NASA-UAP-D7, Skylab Techincal Crew Debriefing 1973
Page 10
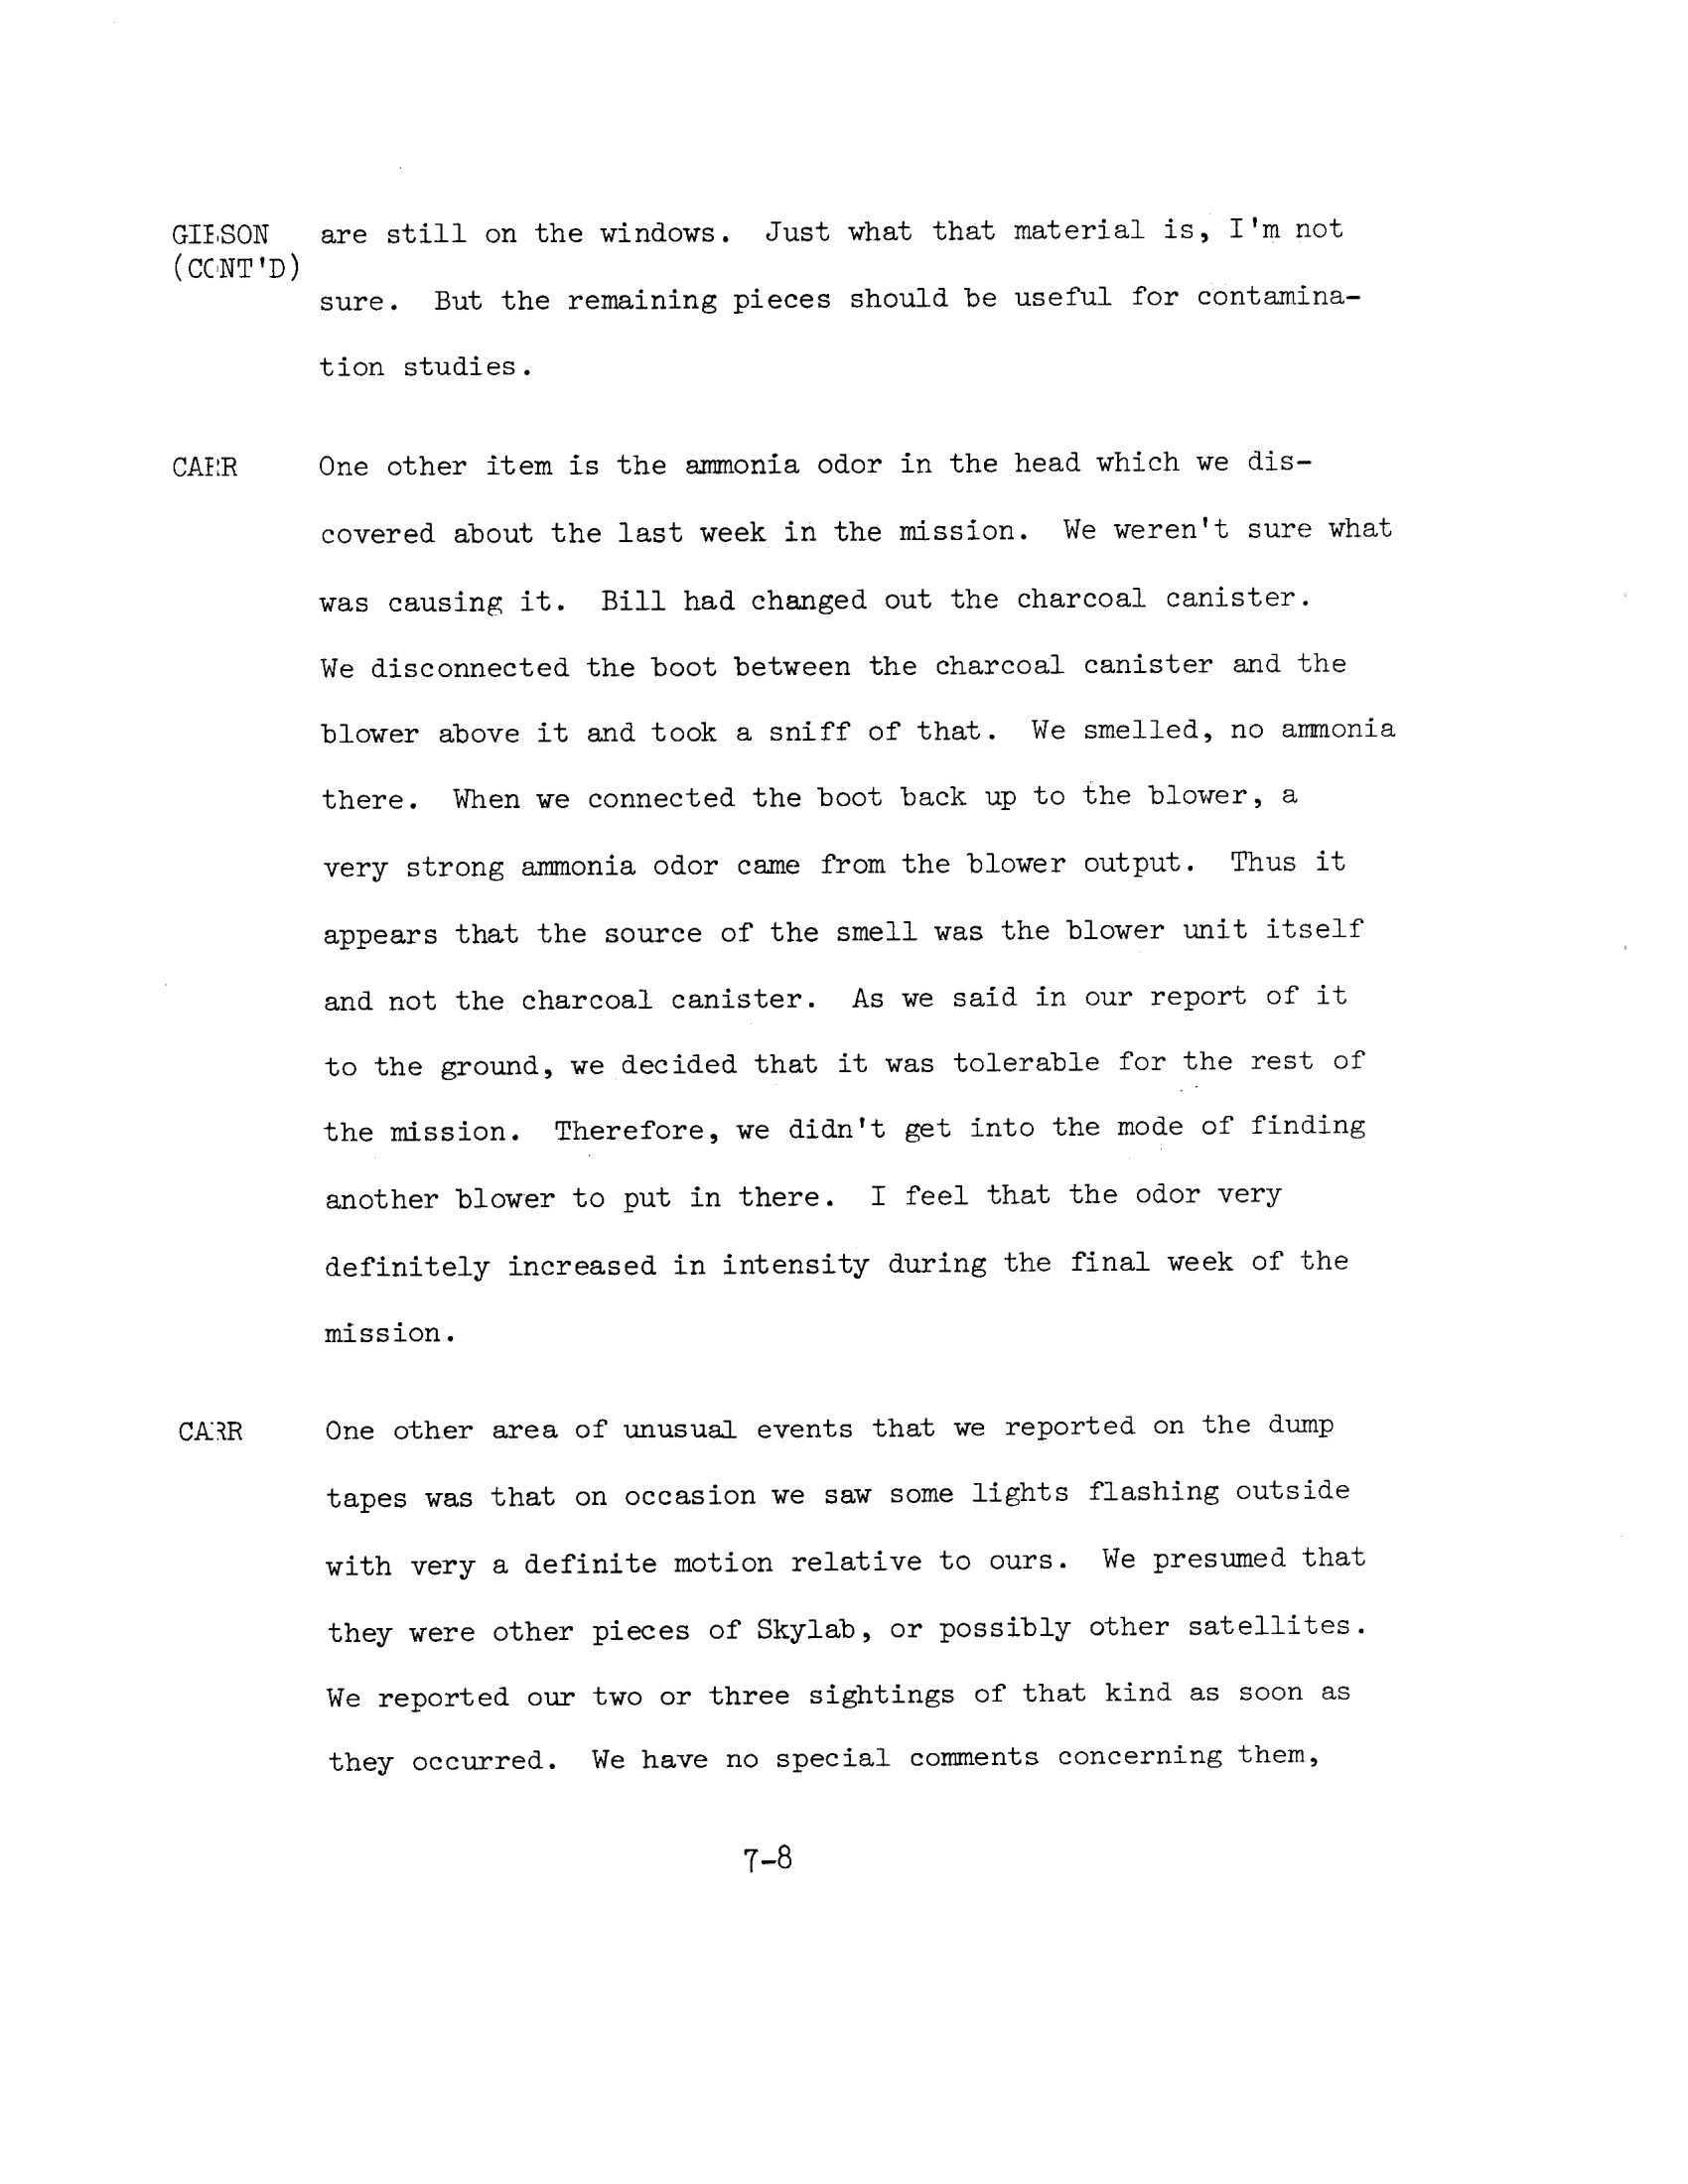